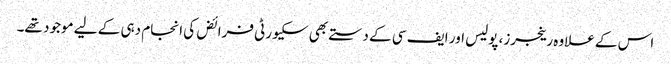
اس کے علاوہ رینجرز، پولیس اور ایف سی کے دستے بھی سکیورٹی فرائض کی انجام دہی کے لیے موجود تھے۔